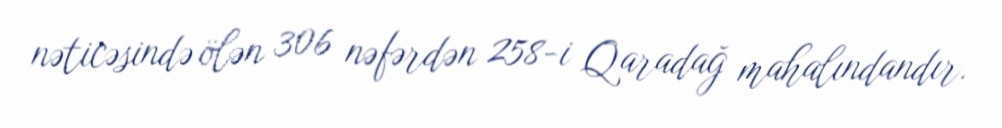
nəticəsində ölən 306 nəfərdən 258-i Qaradağ mahalındandır.